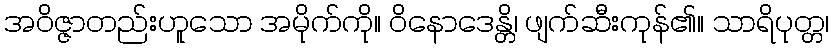
အဝိဇ္ဇာတည်းဟူသော အမိုက်ကို။ ဝိနောဒေန္တိ၊ ဖျက်ဆီးကုန်၏။ သာရိပုတ္တ၊